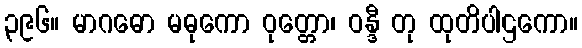
၃၉၆။ မာဂဓော မဓုကော ဝုတ္တော၊ ဝန္ဒီ တု ထုတိပါဌကော။